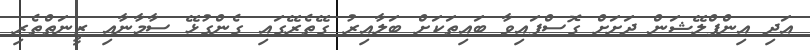
އަދި އިންފްލޭޝަން ދަށަށް ގޮސްފައިވާ ބައިތަކަށް ބަލާއިރު ގޭތެރޭގައި ގެންގުޅޭ ސާމާނާއި ޒީނަތްތެރި